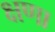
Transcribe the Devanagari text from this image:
क्षणा